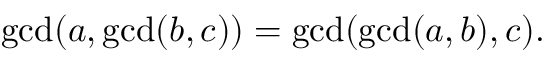
\operatorname* { g c d } ( a , \operatorname* { g c d } ( b , c ) ) = \operatorname* { g c d } ( \operatorname* { g c d } ( a , b ) , c ) .